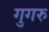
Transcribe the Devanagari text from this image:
गुगरु